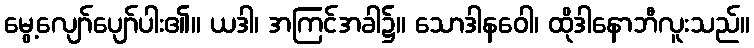
မွေ့လျော်ပျော်ပါး၏။ ယဒါ၊ အကြင်အခါ၌။ သောဒါနဝေါ၊ ထိုဒါနောဘီလူးသည်။